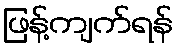
ဖြန့်ကျက်ရန်